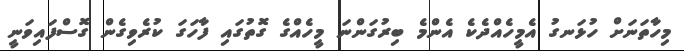
މިހާތަނަށް ހުޅަނގު އެމީހެއްދެކެ އެންމެ ބިރުގަންނަ މީހެއްގެ ގޮތުގައި ފާހަގަ ކުރެވިގެން ގޮސްފައިވަނީ